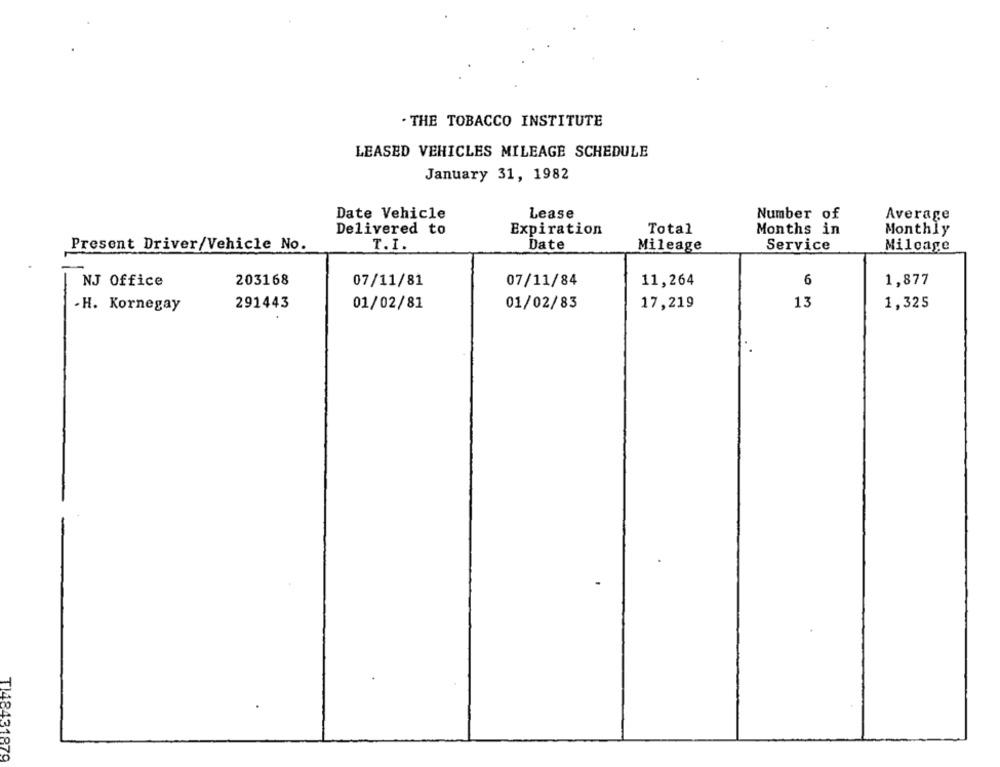
. THE TOBACCO INSTITUTE
LEASED VEHICLES MILEAGE SCHEDULE
January 31, 1982
Date Vehicle
Lease
Number of
Average
Delivered to
Expiration
Total
Months in
Monthly
T.I.
Date
Present Driver/Vehicle No.
Mileage
Service
Mileage
NJ Office
203168
07/11/81
07/11/84
11,264
6
1,877
291443
01/02/81
01/02/83
17,219
13
1,325
-H. Kornegay
T148431879